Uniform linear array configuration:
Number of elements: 4
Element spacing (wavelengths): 1
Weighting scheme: binomial
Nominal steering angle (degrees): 30
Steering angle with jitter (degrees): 30.607
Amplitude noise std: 0.05
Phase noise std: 0.05

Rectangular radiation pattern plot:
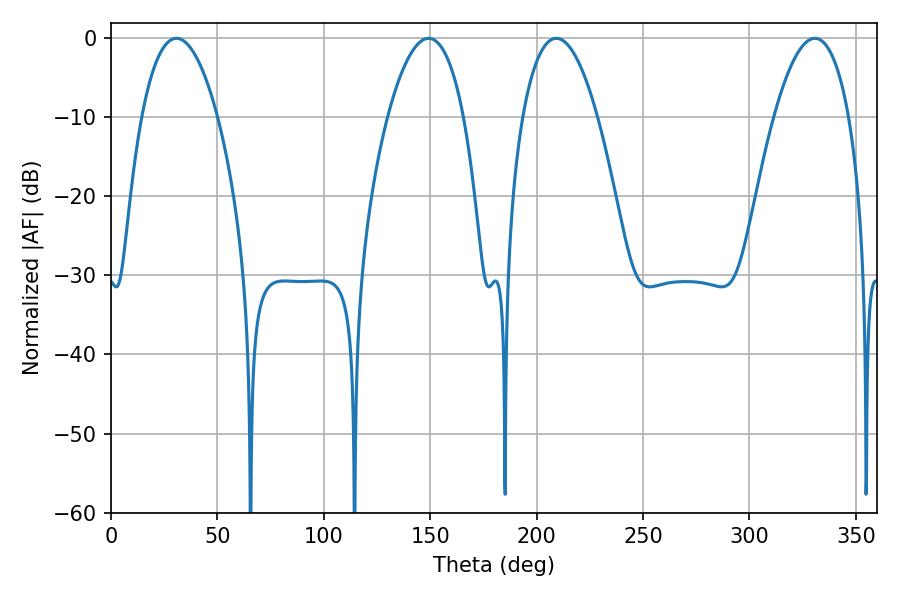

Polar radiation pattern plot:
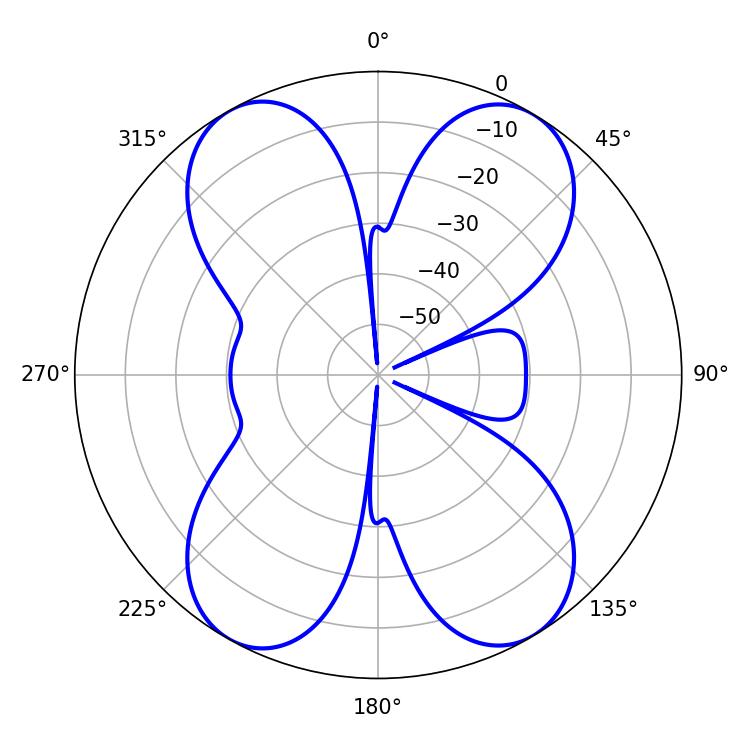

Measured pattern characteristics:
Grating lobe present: TRUE
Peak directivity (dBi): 20.333
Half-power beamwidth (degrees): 19.98
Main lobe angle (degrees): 30.78